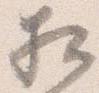
相